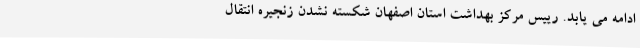
ادامه می یابد. رییس مرکز بهداشت استان اصفهان شکسته نشدن زنجیره انتقال